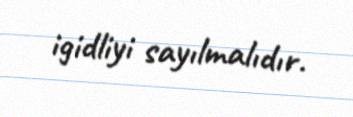
igidliyi sayılmalıdır.